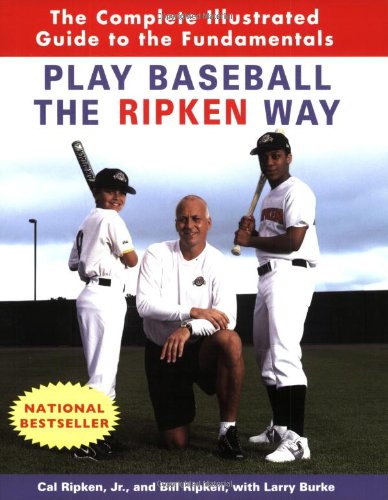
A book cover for Play Baseball the Ripken Way: The Complete Illustrated Guide to the Fundamentals; Cal Ripken Jr.; Sports & Outdoors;